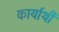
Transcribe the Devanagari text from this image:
कार्यार्थी